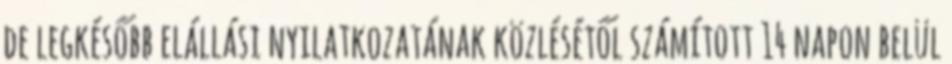
de legkésőbb elállási nyilatkozatának közlésétől számított 14 napon belül